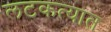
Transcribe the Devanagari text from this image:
लटकत्यात